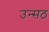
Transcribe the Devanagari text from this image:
उन्सठ